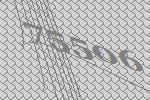
75506